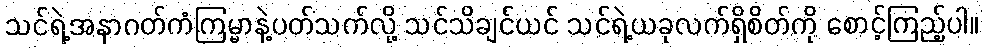
သင်ရဲ့အနာဂတ်ကံကြမ္မာနဲ့ပတ်သက်လို့ သင်သိချင်ယင် သင်ရဲ့ယခုလက်ရှိစိတ်ကို စောင့်ကြည့်ပါ။